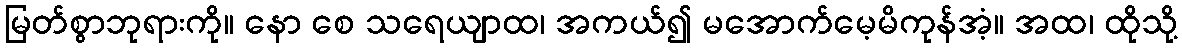
မြတ်စွာဘုရားကို။ နော စေ သရေယျာထ၊ အကယ်၍ မအောက်မေ့မိကုန်အံ့။ အထ၊ ထိုသို့